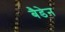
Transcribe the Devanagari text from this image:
बैडेन